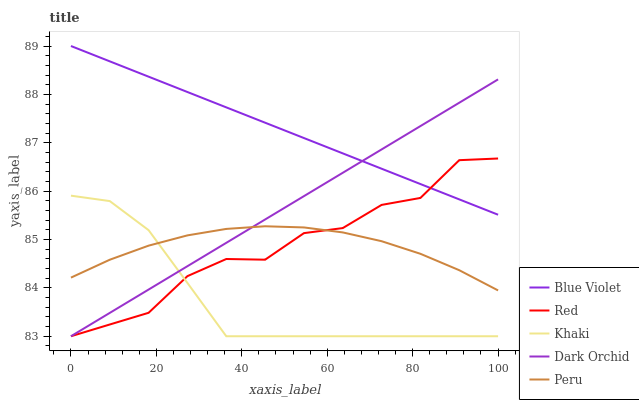
| xaxis_label | Blue Violet | Red | Khaki | Dark Orchid | Peru |
 | --- | --- | --- | --- | --- | --- |
 | 0 | 89 | 83 | 85.9 | 83 | 84.2 |
 | 9.09 | 88.7 | 83.2 | 85.8 | 83.5 | 84.6 |
 | 18.2 | 88.4 | 83.5 | 85.2 | 84 | 84.9 |
 | 27.3 | 88 | 84.2 | 84.1 | 84.4 | 85.1 |
 | 36.4 | 87.7 | 84.6 | 83 | 84.9 | 85.2 |
 | 45.5 | 87.4 | 84.6 | 83 | 85.4 | 85.3 |
 | 54.5 | 87.1 | 85.1 | 83 | 85.9 | 85.2 |
 | 63.6 | 86.8 | 85.2 | 83 | 86.4 | 85.1 |
 | 72.7 | 86.5 | 85.7 | 83 | 86.9 | 85 |
 | 81.8 | 86.1 | 85.9 | 83 | 87.3 | 84.7 |
 | 90.9 | 85.8 | 86.6 | 83 | 87.8 | 84.4 |
 | 100 | 85.5 | 86.7 | 83 | 88.3 | 83.9 |